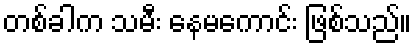
တစ်ခါက သမီး နေမကောင်း ဖြစ်သည်။